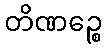
တိဏဉ္စေ